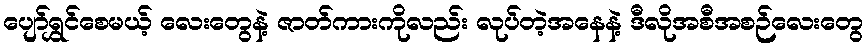
ပျော်ရွှင်စေမယ့် လေးတွေနဲ့ ဇာတ်ကားကိုလည်း လုပ်တဲ့အနေနဲ့ ဒီလိုအစီအစဉ်လေးတွေ